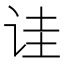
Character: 诖